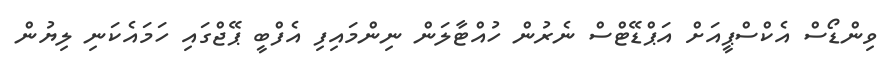
ވިންޑޯސް އެކްސްޕީއަށް އަޕްޑޭޓްސް ނެރުން ހުއްޓާލަން ނިންމައިފި އެފްބީ ޕޭޖްގައި ހަމައެކަނި ލިޔުން